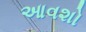
આવશો